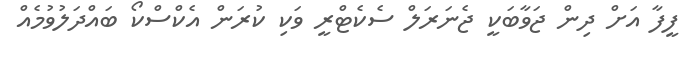
ފީފާ އަށް ދިން ޖަވާބަކީ ޖެނަރަލް ސެކެޓްރީ ވަކި ކުރަން އެކްސްކޯ ބައްދަލުވުމެއް